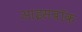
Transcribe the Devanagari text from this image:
आइसबॉक